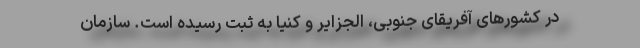
در کشورهای آفریقای جنوبی، الجزایر و کنیا به ثبت رسیده است. سازمان